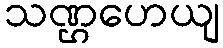
သဏ္ဌဟေယျ